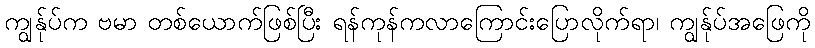
ကျွန်ုပ်က ဗမာ တစ်ယောက်ဖြစ်ပြီး ရန်ကုန်ကလာကြောင်းပြောလိုက်ရာ၊ ကျွန်ုပ်အဖြေကို